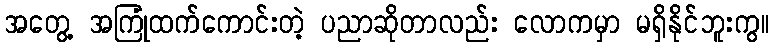
အတွေ့ အကြုံထက်ကောင်းတဲ့ ပညာဆိုတာလည်း လောကမှာ မရှိနိုင်ဘူးကွ။